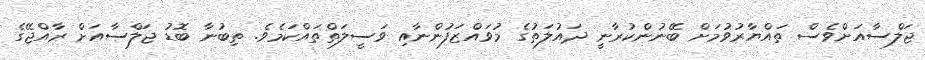
ޖަލްސާއަށްވެސް ތައްޔާރުވުމަށް ބޭނުންކުރާނީ ދައުލަތުގެ މުވައްޒަފުންނާއި ވަސީލަތްތައްކަމެވެ. ތިބުނާ ބޮޑު ޖަލްސާއަށް ރާއްޖޭގެ